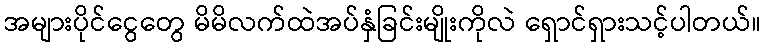
အများပိုင်ငွေတွေ မိမိလက်ထဲအပ်နှံခြင်းမျိုးကိုလဲ ရှောင်ရှားသင့်ပါတယ်။